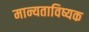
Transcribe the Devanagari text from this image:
मान्यताविष्यक